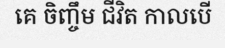
គេ ចិញ្ចឹម ជីវិត កាលបើ